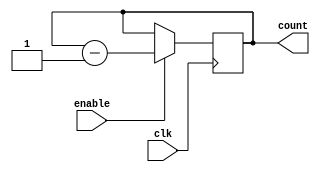
module ModuloN_Down_Counter(
    input wire clk,
    input wire enable,
    output reg [N-1:0] count
);

parameter N = 8; // N-bit counter

always @(posedge clk) begin
    if(enable)
        count <= count - 1;
end

endmodule